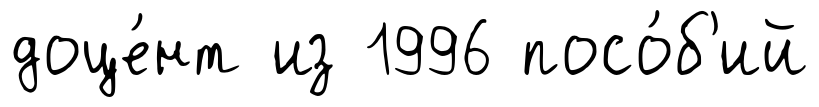
доце́нт из 1996 посо́б'ий